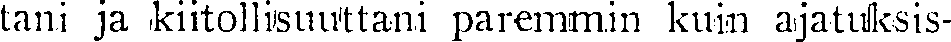
tani ja kiitollisuuttani paremnin kuin ajatuksis-